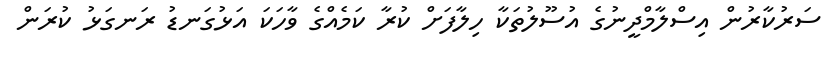
ސަރުކާރުން އިސްލާމްދީނުގެ އުސޫލުތަކާ ހިލާފަށް ކުރާ ކަމެއްގެ ވާހަކަ އަޅުގަނޑު ރަނގަޅު ކުރަން